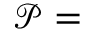
\mathcal { P } =